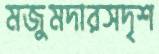
মজুমদারসদৃশ